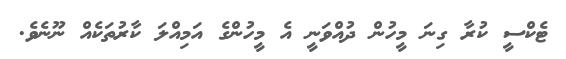
ޓެކްސީ ކުރާ ގިނަ މީހުން ދުއްވަނީ އެ މީހުންގެ އަމިއްލަ ކާރުތަކެއް ނޫނެވެ.